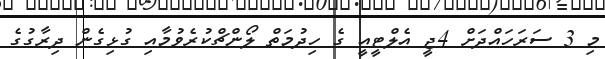
މި 3 ސަރަހައްދަށް 4ޖީ އެލްޓީއީ ގެ ހިދުމަތް ލޯންޗްކުރެވުމާއި ގުޅިގެން ދިރާގުގެ